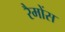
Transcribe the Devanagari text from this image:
रैमोंस